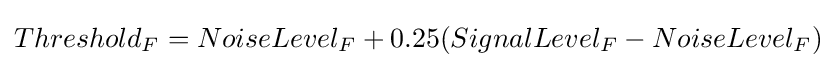
Threshold_{F}=NoiseLevel_{F}+0.25(SignalLevel_{F}-NoiseLevel_{F})